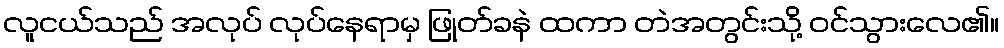
လူငယ်သည် အလုပ် လုပ်နေရာမှ ဖြုတ်ခနဲ ထကာ တဲအတွင်းသို့ ဝင်သွားလေ၏။